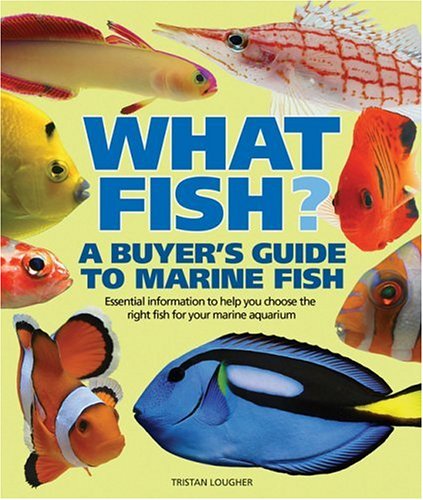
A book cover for What Fish? A Buyer's Guide to Marine Fish: Essential Information to Help You Choose the Right Fish for Your Marine Aquarium (What Pet? Books); Tristan Lougher; Crafts, Hobbies & Home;